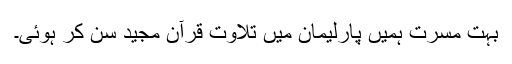
بہت مسرت ہمیں پارلیمان میں تلاوت قرآن مجید سن کر ہوئی۔